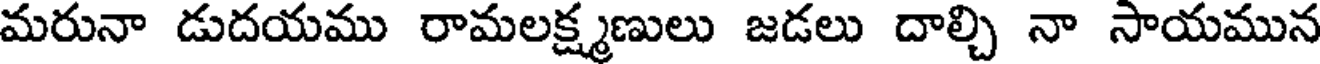
మరునా డుదయము రామలక్ష్మణులు జడలు దాల్చి నా సాయమున